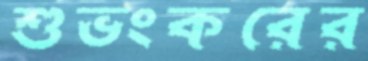
শুভংকরের